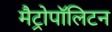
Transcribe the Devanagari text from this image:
मैट्रोपॉलिटन